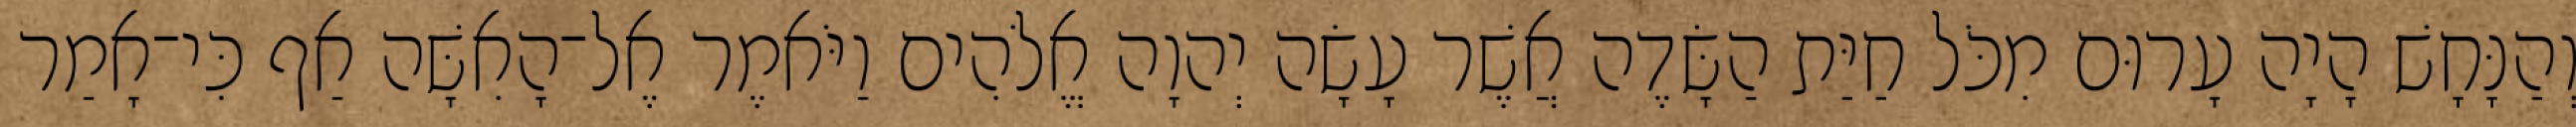
וְהַנָּחָשׁ הָיָה עָרוּם מִכֹּל חַיַּת הַשָּׂדֶה אֲשֶׁר עָשָׂה יְהוָה אֱלֹהִים וַיֹּאמֶר אֶל־הָאִשָּׁה אַף כִּי־אָמַר